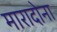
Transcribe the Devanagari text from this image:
मारादोना